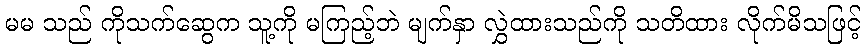
မမ သည် ကိုသက်ဆွေက သူ့ကို မကြည့်ဘဲ မျက်နှာ လွှဲထားသည်ကို သတိထား လိုက်မိသဖြင့်